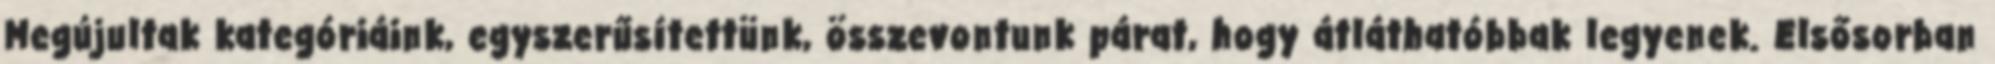
Megújultak kategóriáink, egyszerűsítettünk, összevontunk párat, hogy átláthatóbbak legyenek. Elsősorban